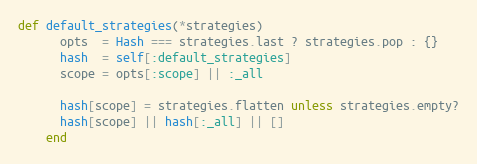
Language: Ruby
def default_strategies(*strategies)
      opts  = Hash === strategies.last ? strategies.pop : {}
      hash  = self[:default_strategies]
      scope = opts[:scope] || :_all

      hash[scope] = strategies.flatten unless strategies.empty?
      hash[scope] || hash[:_all] || []
    end